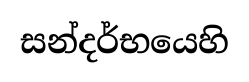
සන්දර්භයෙහි